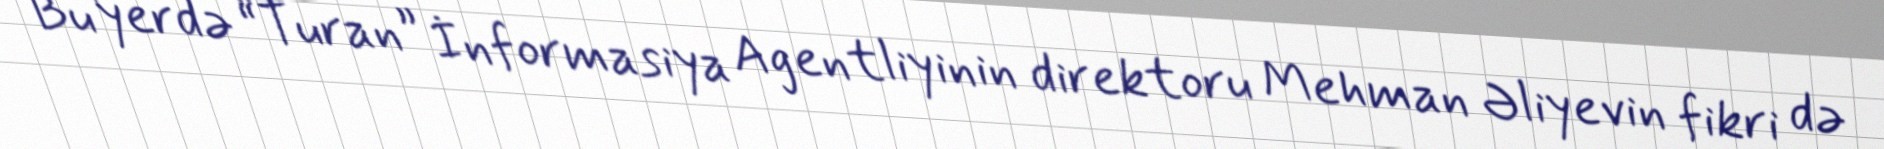
Bu yerdə “Turan” İnformasiya Agentliyinin direktoru Mehman Əliyevin fikri də